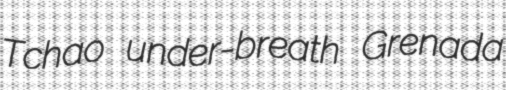
Tchao under-breath Grenada